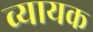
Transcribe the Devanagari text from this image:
व्यायक